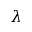
\lambda